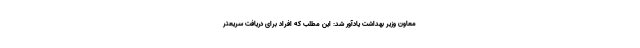
معاون وزیر بهداشت یادآور شد: این مطلب که افراد برای دریافت سریعتر